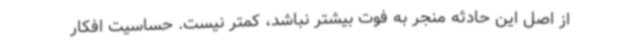
از اصل این حادثه منجر به فوت بیشتر نباشد، کمتر نیست. حساسیت افکار